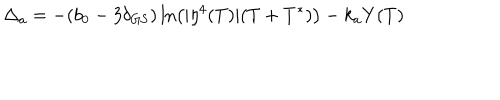
\Delta _ { a } = - ( b _ { 0 } - 3 \delta _ { \mathrm { G S } } ) \ln \left( | \eta ^ { 4 } ( T ) | ( T + T ^ { * } ) \right) - k _ { a } Y ( T )